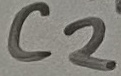
Text: C2